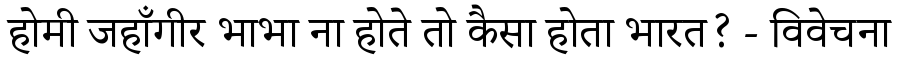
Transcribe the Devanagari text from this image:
होमी जहाँगीर भाभा ना होते तो कैसा होता भारत? - विवेचना